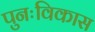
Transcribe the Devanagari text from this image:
पुनःविकास